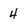
Character: 4